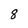
Character: 8